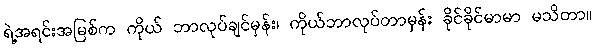
ရဲ့အရင်းအမြစ်က ကိုယ် ဘာလုပ်ချင်မှန်း၊ ကိုယ်ဘာလုပ်တာမှန်း ခိုင်ခိုင်မာမာ မသိတာ။